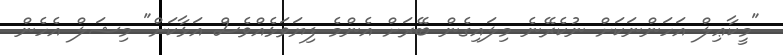
"މީކާޢިލް އަހަންނަކަށް ނުކެރޭނެ މިލައިގެން ބޭރަށް އެންމެ ފިޔަވަޅެއްވެސް އަޅާކަށް" މިޝަލް އެހެން